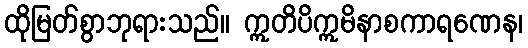
ထိုမြတ်စွာဘုရားသည်။ ဣတိပိဣမိနာစကာရဏေန၊